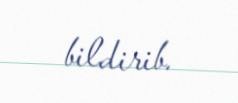
bildirib.